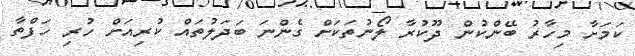
ކަމަށާ މިހާރު ބޭންކުން ދޫކުރާ ލޯނުތަކަށް ގެންނަ ބަދަލުތައް ކުރިއަށް ހުރި ހަފްތާ